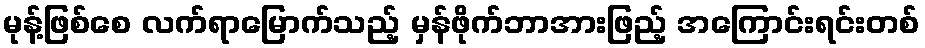
မုန့်ဖြစ်စေ လက်ရာမြောက်သည့် မှန်ဖိုက်ဘာအားဖြည့် အကြောင်းရင်းတစ်